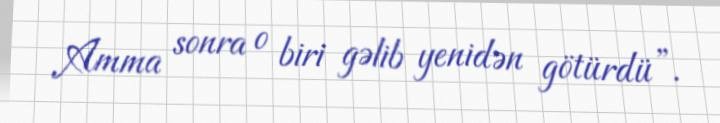
Amma sonra o biri gəlib yenidən götürdü”.